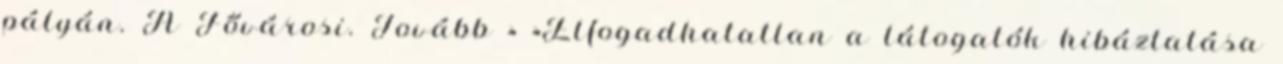
pályán. A Fővárosi. Tovább › ›Elfogadhatatlan a látogatók hibáztatása